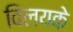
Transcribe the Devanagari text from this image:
विलयके